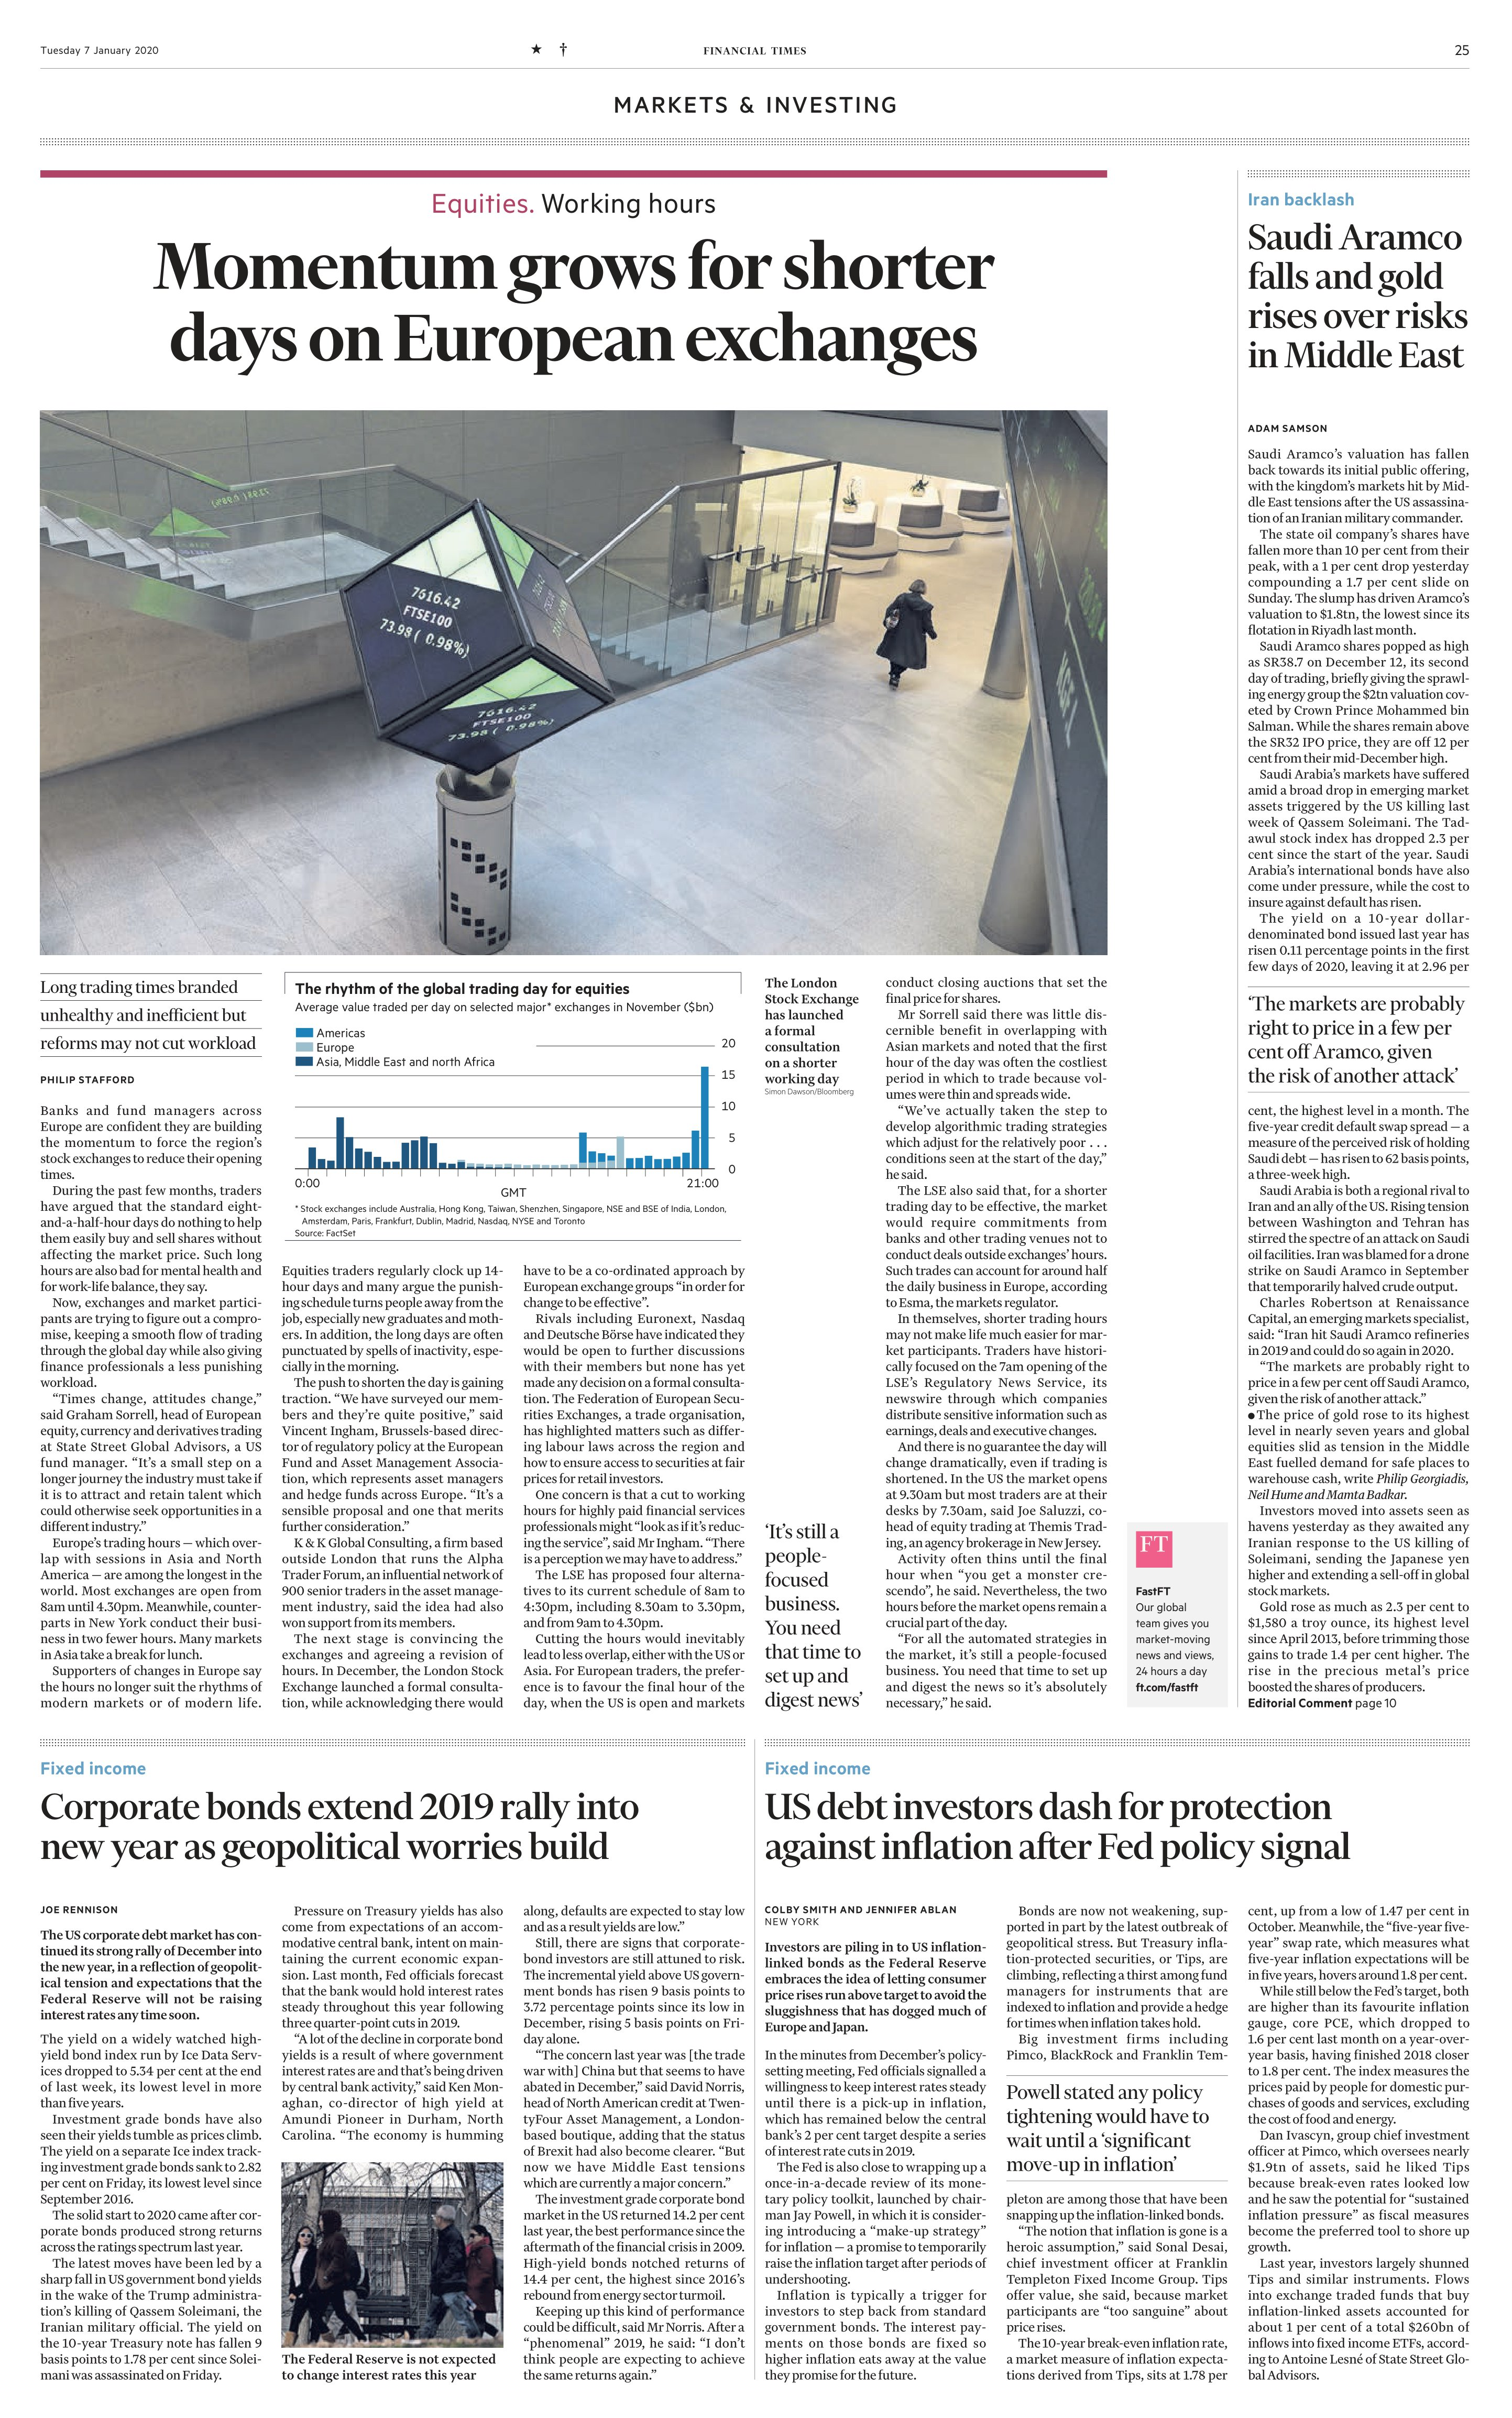
Language: en